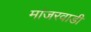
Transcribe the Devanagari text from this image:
मांजरवाडी